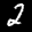
Label: 2